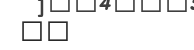
٢١